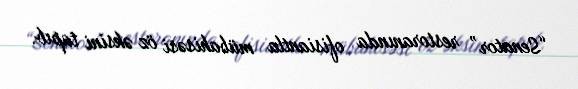
“Senator” restoranında ofisiantla mübahisəsi öz əksini tapıb.